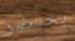
يحتضر